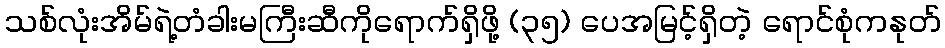
သစ်လုံးအိမ်ရဲ့တံခါးမကြီးဆီကိုရောက်ရှိဖို့ (၃၅) ပေအမြင့်ရှိတဲ့ ရောင်စုံကနုတ်